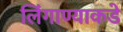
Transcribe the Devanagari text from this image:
लिंगाण्याकडे